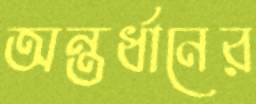
অন্তর্ধানের